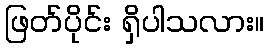
ဖြတ်ပိုင်း ရှိပါသလား။